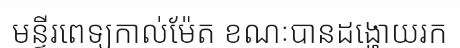
មន្ទីរពេទ្យកាល់ម៉ែត ខណៈបានដង្ហោយរក